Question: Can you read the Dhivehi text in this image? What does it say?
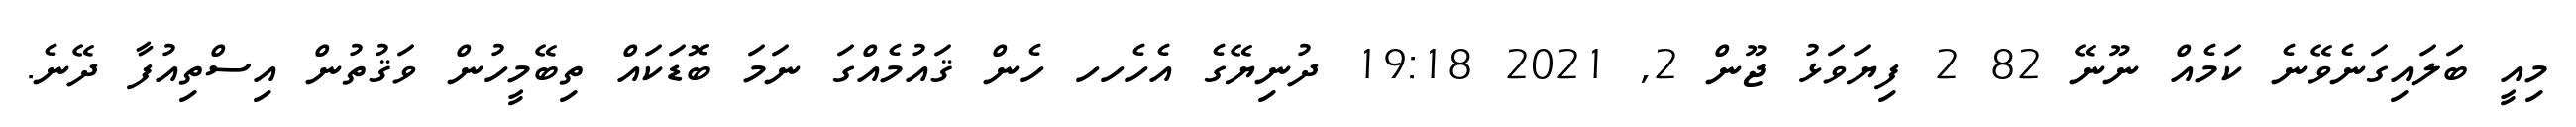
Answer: މިއީ ބަލައިގަނެވޭނެ ކަމެއް ނޫނޭ 82 2 ފިޔަވަޅު ޖޫން 2, 2021 19:18 ދުނިޔޭގެ އެހެހހ ހެން ޤައުމެއްގަ ނަމަ ބޮޑަކައް ތިބޭމީހުން ވަޤުތުން އިސްތިއުފާ ދޭނެ.